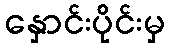
နှောင်းပိုင်းမှ